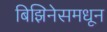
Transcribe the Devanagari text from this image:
बिझिनेसमधून